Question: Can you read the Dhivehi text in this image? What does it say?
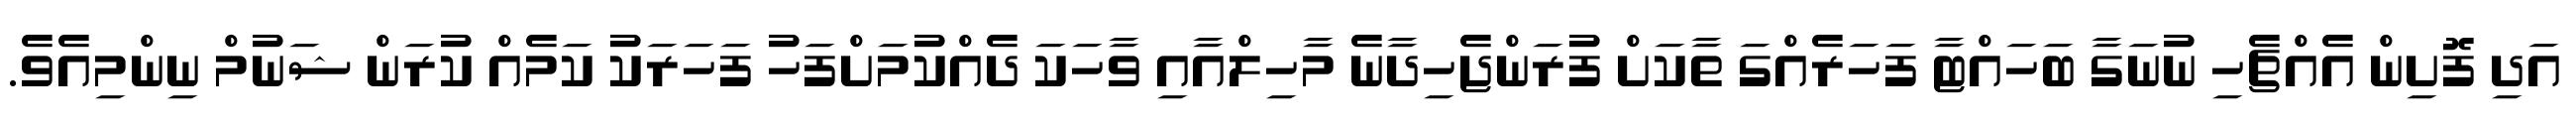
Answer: އަދި ފޮށިން އެއްޗެހި ނުނަގާ ބަހައްޓާ ފަހަރެއްގަ ތާކަށް ފުރަންޖެހިދާނެ މާހިލްއާއި ވާހަކަ ދެއްކުމަށްފަހު ފަހަރަކު ކަމެއް ކުރަން ޝަނުމް ނިންމިއެވެ.